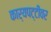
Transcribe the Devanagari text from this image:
कार्यपट्टीवर